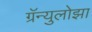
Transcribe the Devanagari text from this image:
ग्रॅन्युलोझा